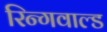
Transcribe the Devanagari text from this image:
रिन्गवाल्ड